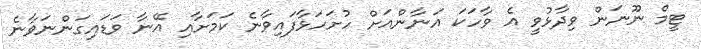
ޓީމް ނޫނަން ވިދާޅުވީ އެ ވާހަކަ އަނާންއަށް ހުށަހަޅާފައިވާނެ ކަމަށާއި އޭނާ ވަޑައިގަންނަވާނެ